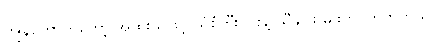
ကျွန်တော်ကတော့ အထူးသဖြင့် သံစုံတီးဝိုင်းနဲ့ သီချင်း မျိုးကို ကြိုက်တယ်။